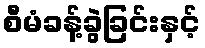
စီမံခန့်ခွဲခြင်းနှင့်